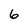
Character: 6